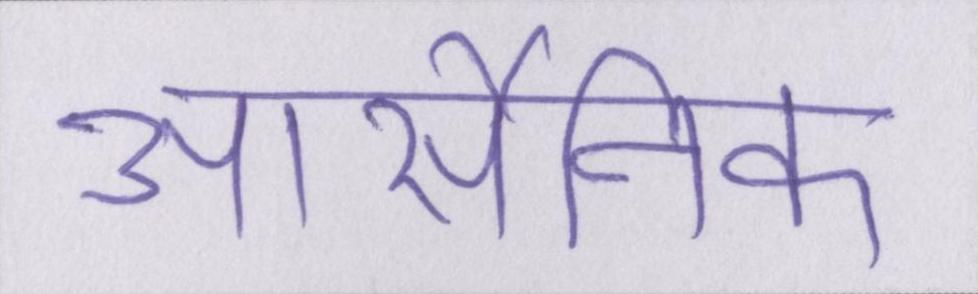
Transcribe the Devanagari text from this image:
आर्सेनिक